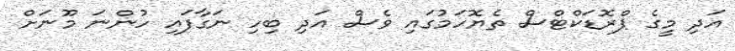
އަދި މީގެ ޕްރޮޑަކްޓްސް ތެޔޮހަމުގައި ވެސް އަދި ބިހި ނަގާފައި ހުންނަ މޫނަށް